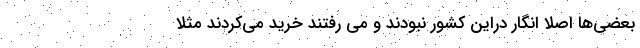
بعضی‌ها اصلا انگار دراین کشور نبودند و می رفتند خرید می‌کردند مثلا